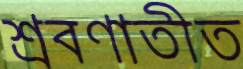
শ্রবণাতীত